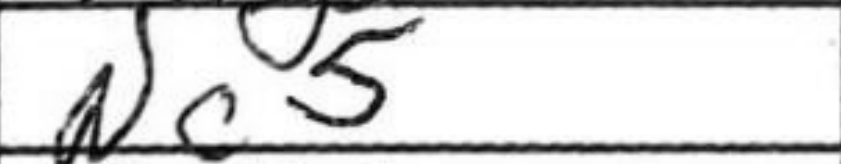
Transcription: Nc5